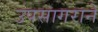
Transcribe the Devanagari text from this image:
उपसागराने